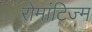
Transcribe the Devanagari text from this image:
रोमांटिज्म